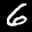
Label: 6